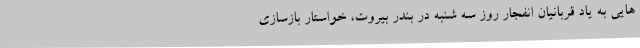
هایی به یاد قربانیان انفجار روز سه شنبه در بندر بیروت، خواستار بازسازی